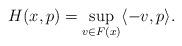
LaTeX: \begin{align*}H(x,p)=\sup_{v\in F(x)} \langle - v , p \rangle.\end{align*}